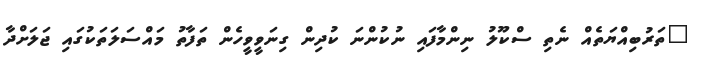
"ތަރުބިއްޔަތެއް ނެތި ސްކޫލު ނިންމާފައި ނުކުންނަ ކުދިން ގިނަވީވީހެން ތަފާތު މައްސަލަތަކުގައި ޖަލަށްދާ